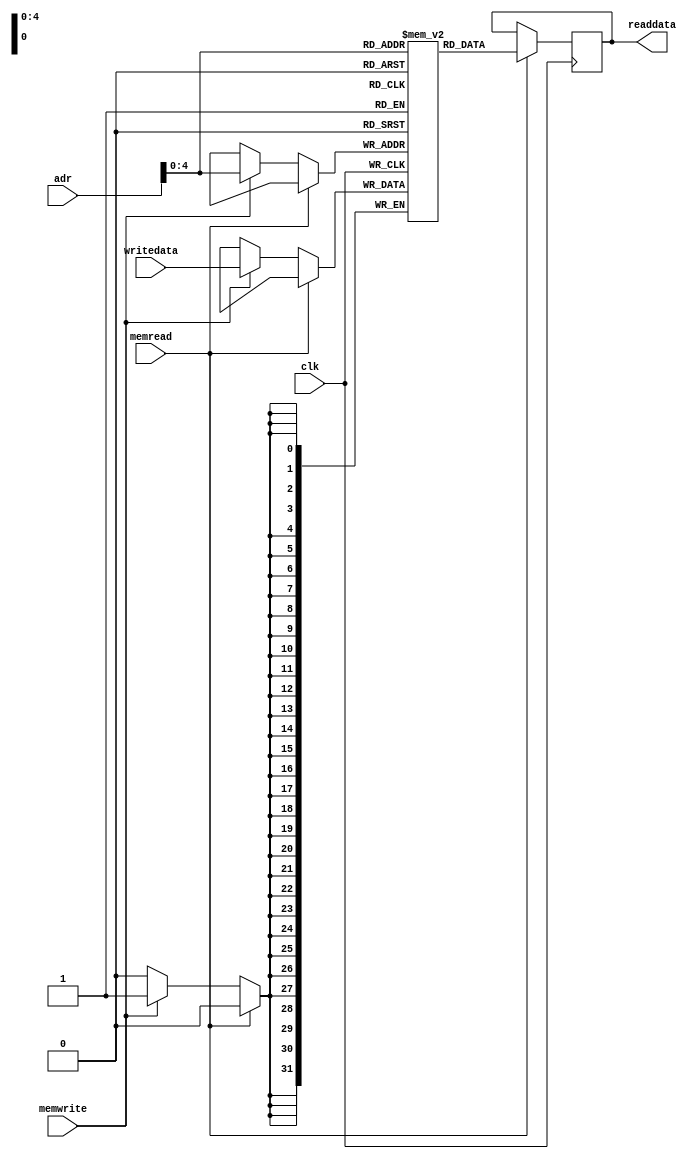
module data_mem(clk,adr,writedata,readdata,memread,memwrite);
input clk,memread,memwrite;
input[31:0]adr;
output reg[31:0] readdata;
input [31:0]writedata;
reg[31:0] veri_bellegi[0:31];
initial 
	begin
	veri_bellegi[0]=32'b0000_0000_0000_0000_0000_0000_0000_0000;
	veri_bellegi[1]=32'b0000_0000_0000_0000_0000_0000_0000_0001;
	veri_bellegi[2]=32'b0000_0000_0000_0000_0000_0000_0000_0010;
	veri_bellegi[3]=32'b0000_0000_0000_0000_0000_0000_0000_0011;
	veri_bellegi[4]=32'b0000_0000_0000_0000_0000_0000_0000_0100;
	veri_bellegi[5]=32'b0000_0000_0000_0000_0000_0000_0000_0101;
	veri_bellegi[6]=32'b0000_0000_0000_0000_0000_0000_0000_0110;
	veri_bellegi[7]=32'b0000_0000_0000_0000_0000_0000_0000_0111;
	
	end
always@(posedge clk)
	begin
		if(memread)
			readdata=veri_bellegi[adr];
		else if(memwrite)
			veri_bellegi[adr]=writedata;
	end
endmodule